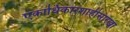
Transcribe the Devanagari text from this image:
एकाधिकारशाहीसारखा